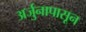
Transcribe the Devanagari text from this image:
अर्जुनापासून